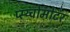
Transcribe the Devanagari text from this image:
प्स्य्चोमोटर